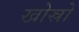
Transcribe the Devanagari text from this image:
खोस्रो